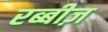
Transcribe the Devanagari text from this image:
रब्बीज़